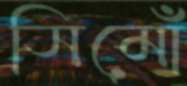
সিমোঁ